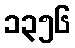
၁၃၅၆